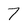
Character: 7